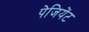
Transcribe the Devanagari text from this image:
पेजियेंट